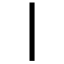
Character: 丨